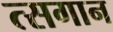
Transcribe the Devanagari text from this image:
त्सगान